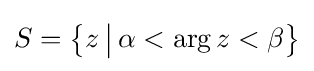
S=\left\{z\,{\big |}\,\alpha <\arg z<\beta \right\}